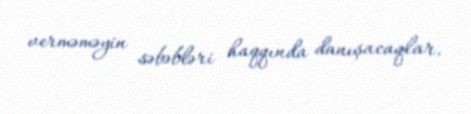
verməməyin səbəbləri haqqında danışacaqlar.